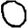
Digit: 0